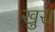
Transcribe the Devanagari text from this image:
खुर।